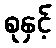
စုနှင့်